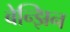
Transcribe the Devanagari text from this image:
बेन्झिन